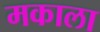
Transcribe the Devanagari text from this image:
मकाला